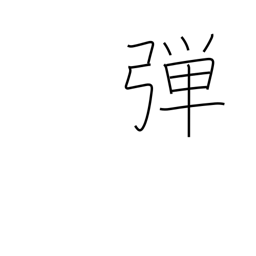
Meaning: twang